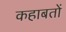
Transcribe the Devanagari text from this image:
कहाबतों